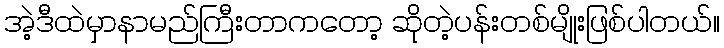
အဲ့ဒီထဲမှာနာမည်ကြီးတာကတော့ ဆိုတဲ့ပန်းတစ်မျိုးဖြစ်ပါတယ်။